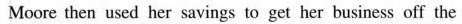
Moore then used her savings to get her business off the